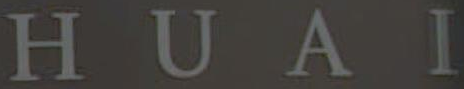
HUAI